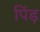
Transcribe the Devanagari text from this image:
पिंड़